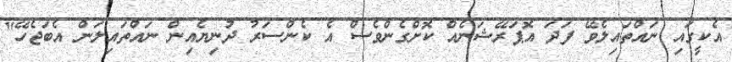
އެކީގައި ނައްތައިލެވޭ ފަދަ އޮޕަރޭޝަނެއް ކޮށްގެންވެސް އެ ކެންސަރު ދުނިޔެއިން ނައްތައިލަން އެބަޖެހޭ"